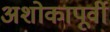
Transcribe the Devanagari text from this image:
अशोकापूर्वी